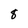
Character: 8